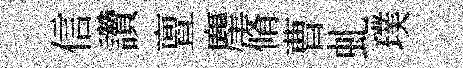
信讚亶麈脩曹虬璞